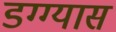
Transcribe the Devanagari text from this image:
डग्ग्यास